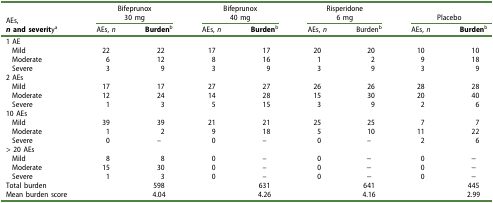
| AEs, | <COLSPAN=2> Bifeprunox30 mg | <COLSPAN=2> Bifeprunox40 mg | <COLSPAN=2> Risperidone6 mg | <COLSPAN=2> Placebo |
 | n and severitya | AEs, n | Burdenb | AEs, n | Burdenb | AEs, n | Burdenb | AEs, n | Burdenb |
 | --- | --- | --- | --- | --- | --- | --- | --- | --- |
 | 1 AE |  |  |  |  |  |  |  |  |
 | Mild | 22 | 22 | 17 | 17 | 20 | 20 | 10 | 10 |
 | Moderate | 6 | 12 | 8 | 16 | 1 | 2 | 9 | 18 |
 | Severe | 3 | 9 | 3 | 9 | 3 | 9 | 3 | 9 |
 | 2 AEs |  |  |  |  |  |  |  |  |
 | Mild | 17 | 17 | 27 | 27 | 26 | 26 | 28 | 28 |
 | Moderate | 12 | 24 | 14 | 28 | 15 | 30 | 20 | 40 |
 | Severe | 1 | 3 | 5 | 15 | 3 | 9 | 2 | 6 |
 | 10 AEs |  |  |  |  |  |  |  |  |
 | Mild | 39 | 39 | 21 | 21 | 25 | 25 | 7 | 7 |
 | Moderate | 1 | 2 | 9 | 18 | 5 | 10 | 11 | 22 |
 | Severe | 0 | – | 0 | – | 0 | – | 2 | 6 |
 | > 20 AEs |  |  |  |  |  |  |  |  |
 | Mild | 8 | 8 | 0 | – | 0 | − | 0 | − |
 | Moderate | 15 | 30 | 0 | – | 0 | − | 0 | − |
 | Severe | 1 | 3 | 0 | – | 0 | − | 0 | − |
 | Total burden |  | 598 |  | 631 |  | 641 |  | 445 |
 | Mean burden score |  | 4.04 |  | 4.26 |  | 4.16 |  | 2.99 |